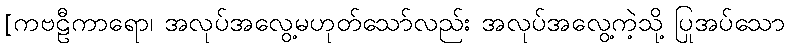
[ကဗဠီကာရော၊ အလုပ်အလွေ့မဟုတ်သော်လည်း အလုပ်အလွေ့ကဲ့သို့ ပြုအပ်သော